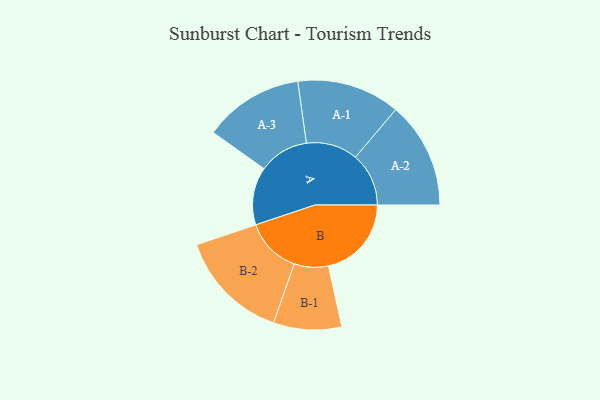
{"axis": {"x": "Segment", "y": "Value"}, "legend": ["", "A", "B"], "data": [{"x": "A", "y": 307, "type": ""}, {"x": "B", "y": 441, "type": ""}, {"x": "A-1", "y": 274, "type": "A"}, {"x": "A-2", "y": 283, "type": "A"}, {"x": "A-3", "y": 265, "type": "A"}, {"x": "B-1", "y": 181, "type": "B"}, {"x": "B-2", "y": 296, "type": "B"}]}